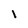
Character: l